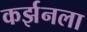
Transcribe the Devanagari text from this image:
कर्झनला